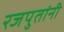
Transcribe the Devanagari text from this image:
रजपुतांनी